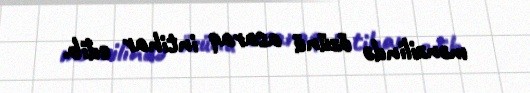
mənzilində özünü asaraq intihar edib.